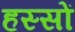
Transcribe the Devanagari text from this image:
हस्सों